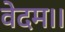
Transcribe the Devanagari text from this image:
वेदम।।